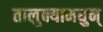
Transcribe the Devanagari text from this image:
तालुक्यामधुन्